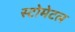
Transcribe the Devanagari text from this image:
स्टोमेटल